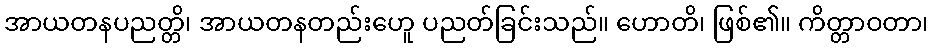
အာယတနပညတ္တိ၊ အာယတနတည်းဟေူ ပညတ်ခြင်းသည်။ ဟောတိ၊ ဖြစ်၏။ ကိတ္တာဝတာ၊